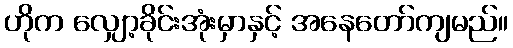
ဟိုက လျှော့ခိုင်းအုံးမှာနှင့် အနေတော်ကျမည်။